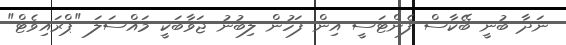
ނަދާ ބުނީ ބޭކާސް ފެންޓަސީ އިން ފަހުން ލިބުނު ޖަވާބަކީ މައްސަލަ "ޕްރައިވެޓް"